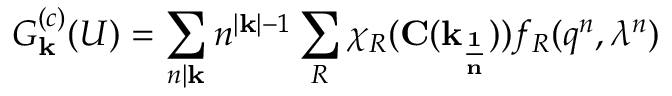
G _ { { \bf k } } ^ { ( c ) } ( U ) = \sum _ { n | { \bf k } } n ^ { | { \bf k } | - 1 } \sum _ { R } \chi _ { R } ( { \bf C ( \vec { k } _ { \frac { 1 } { n } } ) } ) f _ { R } ( q ^ { n } , \lambda ^ { n } )